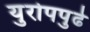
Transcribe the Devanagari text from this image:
युरोपपुढे